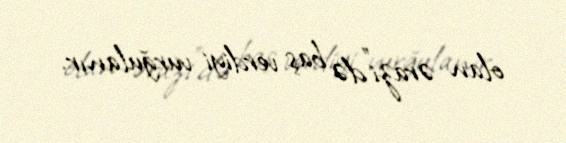
olan ərazi”də baş verdiyi vurğulanır.